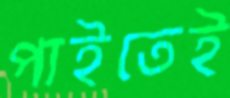
পাইতেই